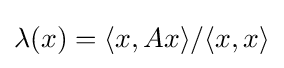
\lambda (x)=\langle x,Ax\rangle /\langle x,x\rangle